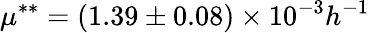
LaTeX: \mu^{**}=(1.39\pm 0.08)\times 10^{-3}h^{-1}